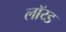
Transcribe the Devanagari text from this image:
लॉय्ड